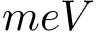
m e V